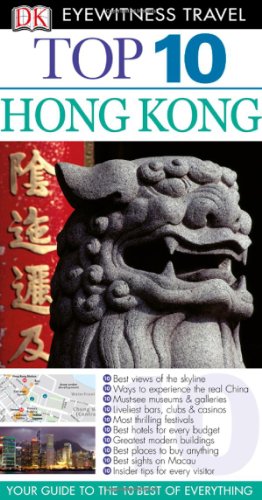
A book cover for Top 10 Hong Kong (EYEWITNESS TOP 10 TRAVEL GUIDE); Liam Fitzpatrick; Travel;